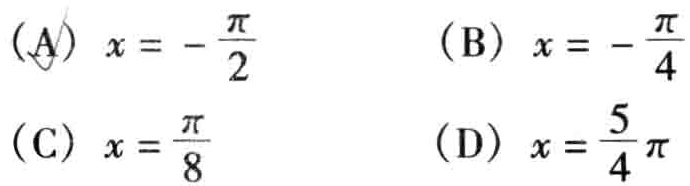
(A) \(x = -\frac{\pi}{2}\)
(B) \(x = -\frac{\pi}{4}\)
(C) \(x = \frac{\pi}{8}\)
(D) \(x = \frac{5}{4}\pi\)